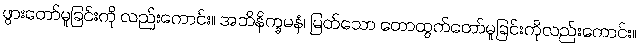
ဖွားတော်မူခြင်းကို လည်းကောင်း။ အဘိနိက္ခမနံ၊ မြတ်သော တောထွက်တော်မူခြင်းကိုလည်းကောင်း။